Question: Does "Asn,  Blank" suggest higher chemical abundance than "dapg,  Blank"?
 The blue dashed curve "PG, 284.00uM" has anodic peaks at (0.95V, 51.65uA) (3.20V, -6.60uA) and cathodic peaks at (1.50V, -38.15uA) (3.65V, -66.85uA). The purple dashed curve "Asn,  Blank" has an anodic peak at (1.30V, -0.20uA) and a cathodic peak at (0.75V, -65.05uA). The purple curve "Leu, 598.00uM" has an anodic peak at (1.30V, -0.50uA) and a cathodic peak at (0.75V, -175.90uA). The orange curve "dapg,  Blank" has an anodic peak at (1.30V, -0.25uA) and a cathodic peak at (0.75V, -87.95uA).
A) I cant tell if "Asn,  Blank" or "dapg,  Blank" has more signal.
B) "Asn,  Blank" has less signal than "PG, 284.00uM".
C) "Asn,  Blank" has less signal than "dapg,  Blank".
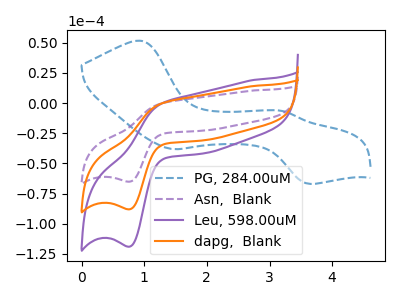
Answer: <think>All the peaks in "Asn,  Blank" have a peak in "dapg,  Blank" at the same potential.
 </think>
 <answer>A) I cant tell if "Asn,  Blank" or "dapg,  Blank" has more signal.</answer>
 <eval>A</eval>